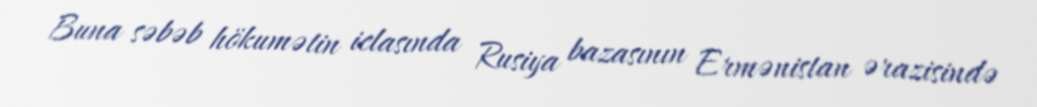
Buna səbəb hökumətin iclasında Rusiya bazasının Ermənistan ərazisində